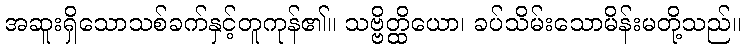
အဆူးရှိသောသစ်ခက်နှင့်တူကုန်၏။ သဗ္ဗိတ္ထိယော၊ ခပ်သိမ်းသောမိန်းမတို့သည်။